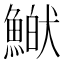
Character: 𩹏